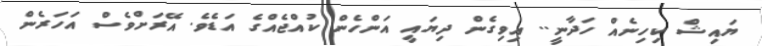
ޔައިޝް ކިހިނެއް ހަދާނީ.. އިވިގެން ދިޔައީ އަންހެން ކުއްޖެއްގެ އަޑެވެ. އޭރަށްވެސް އަހަރެން